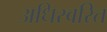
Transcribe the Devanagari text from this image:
अधिस्वरित